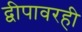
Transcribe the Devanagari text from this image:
द्वीपावरही